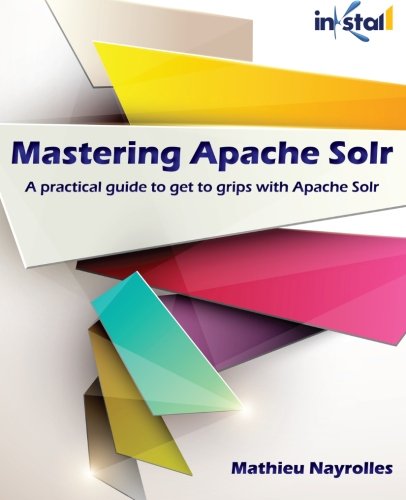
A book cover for Mastering Apache Solr: A practical guide to get to grips with Apache Solr; Mr Mathieu Nayrolles; Computers & Technology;